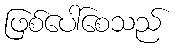
ဖြစ်ပေါ်စေသည်